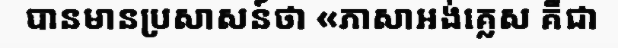
បានមានប្រសាសន៍ថា «ភាសាអង់គ្លេស គឺជា